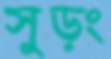
সুড়ং